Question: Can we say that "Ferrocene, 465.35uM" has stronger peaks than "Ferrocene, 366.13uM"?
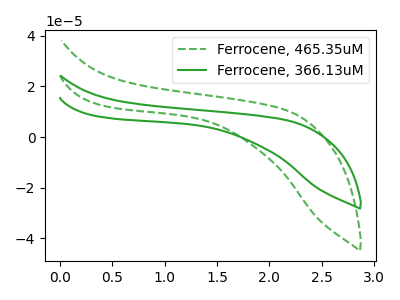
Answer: <think>The green dashed curve "Ferrocene, 465.35uM" has no peaks. The green curve "Ferrocene, 366.13uM" has no peaks.</think>
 <answer>Niether CV has any peaks.</answer>
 <eval>blanks</eval>